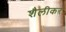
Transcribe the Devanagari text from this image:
शैलीकर